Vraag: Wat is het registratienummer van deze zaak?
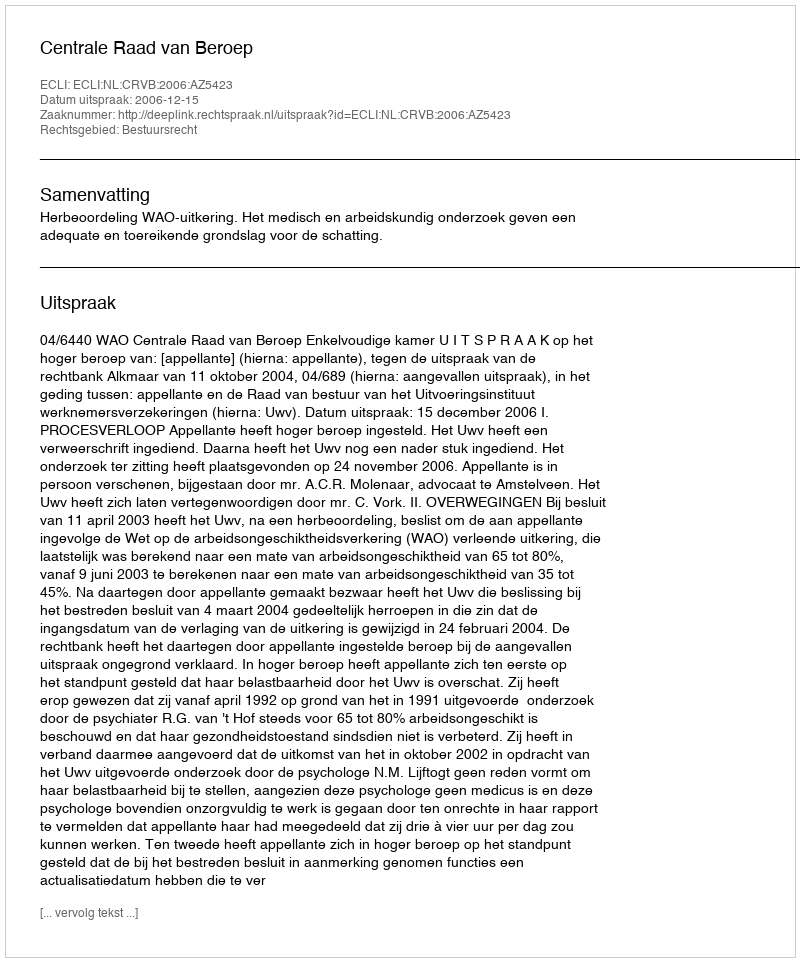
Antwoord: http://deeplink.rechtspraak.nl/uitspraak?id=ECLI:NL:CRVB:2006:AZ5423